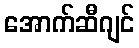
အောက်ဆီဂျင်